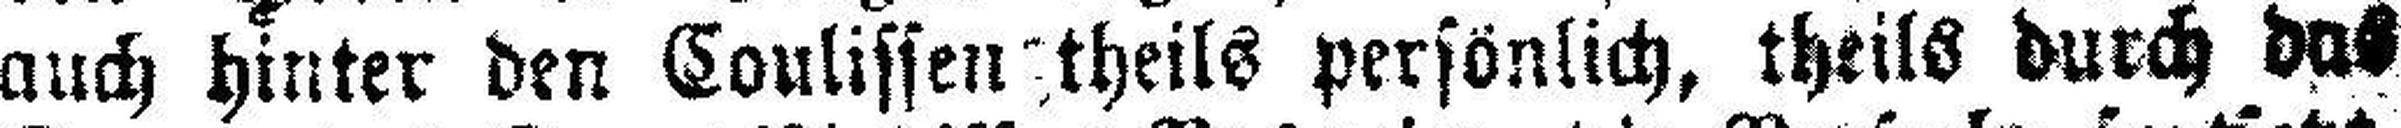
auch hinter den Coulissen###theils persönlich, theils durch das